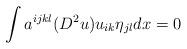
LaTeX: \begin{align*}\int a^{ijkl}(D^{2}u)u_{ik}\eta_{jl}dx=0 \end{align*}